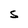
Character: S